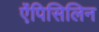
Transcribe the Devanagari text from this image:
ऐंपिसिलिन